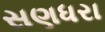
સણધરા